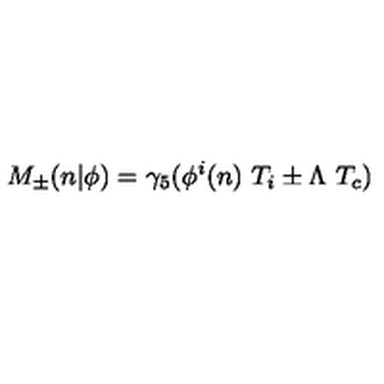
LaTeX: M _ { \pm } ( n \vert \phi ) = \gamma _ { 5 } ( \phi ^ { i } ( n ) \ T _ { i } \pm \Lambda \ T _ { c } )